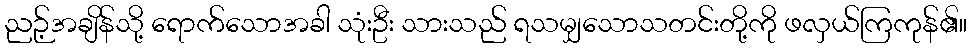
ညဉ့်အချိန်သို့ ရောက်သောအခါ သုံးဦး သားသည် ရသမျှသောသတင်းတို့ကို ဖလှယ်ကြကုန်၏။